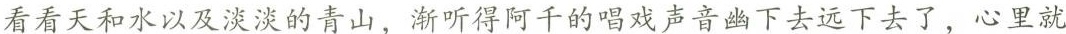
看看天和水以及淡淡的青山，渐听得阿千的唱戏声音幽下去远下去了，心里就